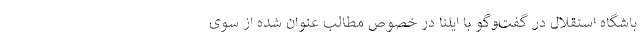
باشگاه استقلال در گفت‌وگو با ایلنا در خصوص مطالب عنوان شده از سوی